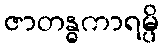
ဇာတန္ဓကာရမ္ပိ